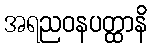
အရညဝနပတ္ထာနိ